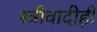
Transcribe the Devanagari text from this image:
स्त्रीवादीही